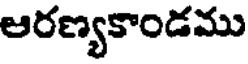
ఆరణ్యకాండము